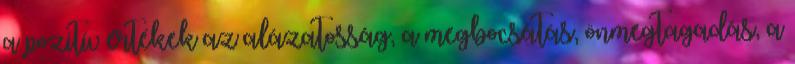
a pozitív értékek az alázatosság, a megbocsátás, önmegtagadás, a